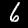
Label: 6